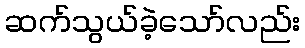
ဆက်သွယ်ခဲ့သော်လည်း